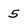
Character: 5